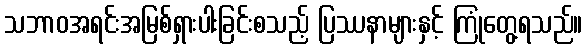
သဘာဝအရင်းအမြစ်ရှားပါးခြင်းစသည့် ပြဿနာများနှင့် ကြုံတွေ့ရသည်။